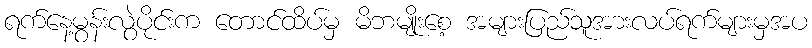
ရက်နေ့မွန်းလွဲပိုင်းက တောင်ထိပ်မှ မိဘမျိုးစေ့ အများပြည်သူအားလပ်ရက်များမှအပ